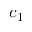
c _ { 1 }